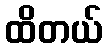
ထိတယ်